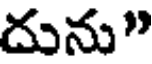
దును"